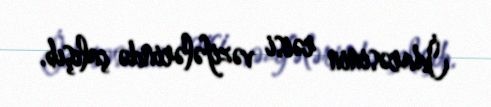
İdarəsinin rəisi vəzifələrində çalışıb.